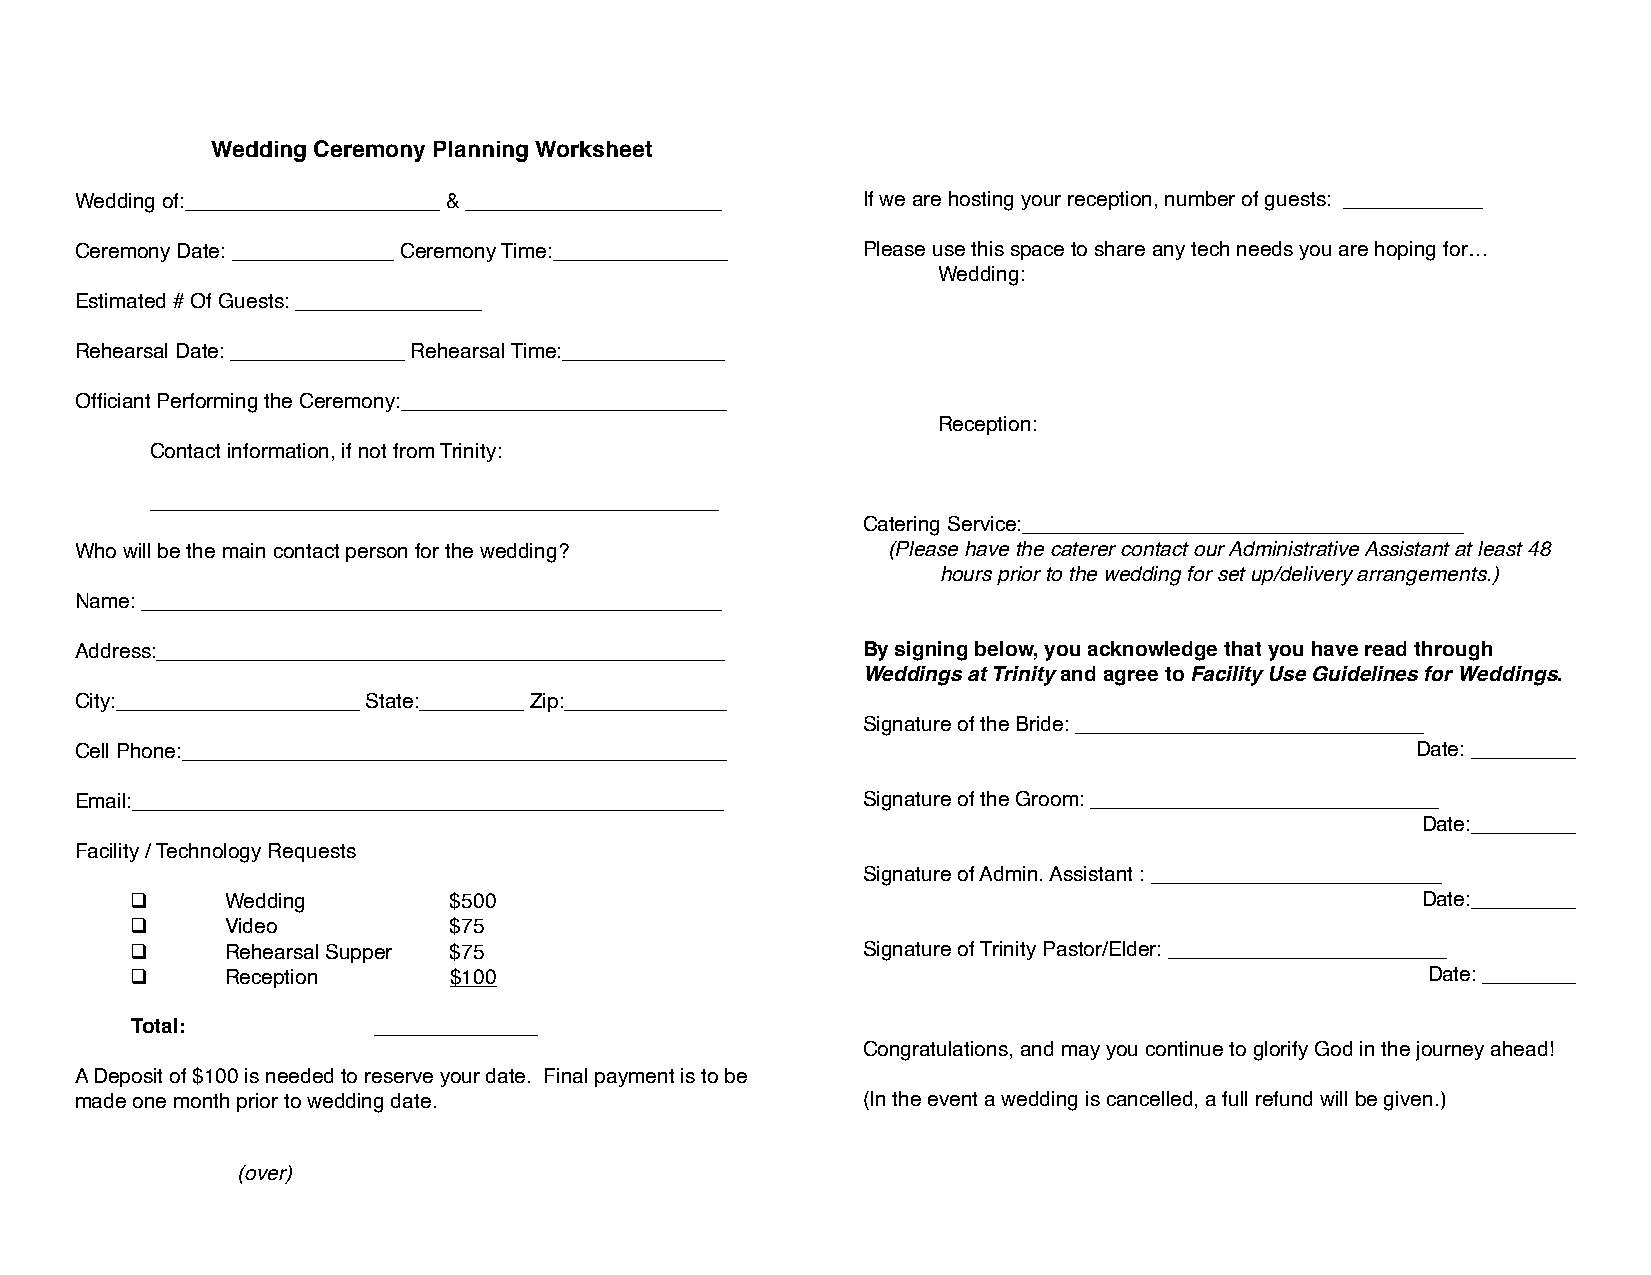
Wedding Ceremony Planning Worksheet
 Wedding of:______________________ & ______________________ If we are hosting your reception, number of guests: ____________
 Ceremony Date: ______________ Ceremony Time:_______________ Please use this space to share any tech needs you are hoping for…
 Wedding:
 Estimated # Of Guests: ________________
 Rehearsal Date: _______________ Rehearsal Time:______________
 Officiant Performing the Ceremony:____________________________
 Reception:
 Contact information, if not from Trinity:
 _________________________________________________
 Catering Service:______________________________________
 Who will be the main contact person for the wedding?  (Please have the caterer contact our Administrative Assistant at least 48
 hours prior to the wedding for set up/delivery arrangements.)
 Name: __________________________________________________
 Address:_________________________________________________ By signing below, you acknowledge that you have read through
 Weddings at Trinity and agree to Facility Use Guidelines for Weddings.
 City:_____________________ State:_________ Zip:______________
 Signature of the Bride: ______________________________
 Cell Phone:_______________________________________________                               Date: _________
 Email:___________________________________________________ Signature of the Groom: ______________________________
 Date:_________
 Facility / Technology Requests
 Signature of Admin. Assistant : _________________________
 ❑     Wedding        $500                                                            Date:_________
 ❑     Video          $75
 ❑     Rehearsal Supper $75                      Signature of Trinity Pastor/Elder: ________________________
 ❑     Reception      $100                                                            Date: ________
 Total:          ______________
 Congratulations, and may you continue to glorify God in the journey ahead!
 A Deposit of $100 is needed to reserve your date. Final payment is to be
 made one month prior to wedding date.               (In the event a wedding is cancelled, a full refund will be given.)
 (over)